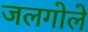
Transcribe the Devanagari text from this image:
जलगोले